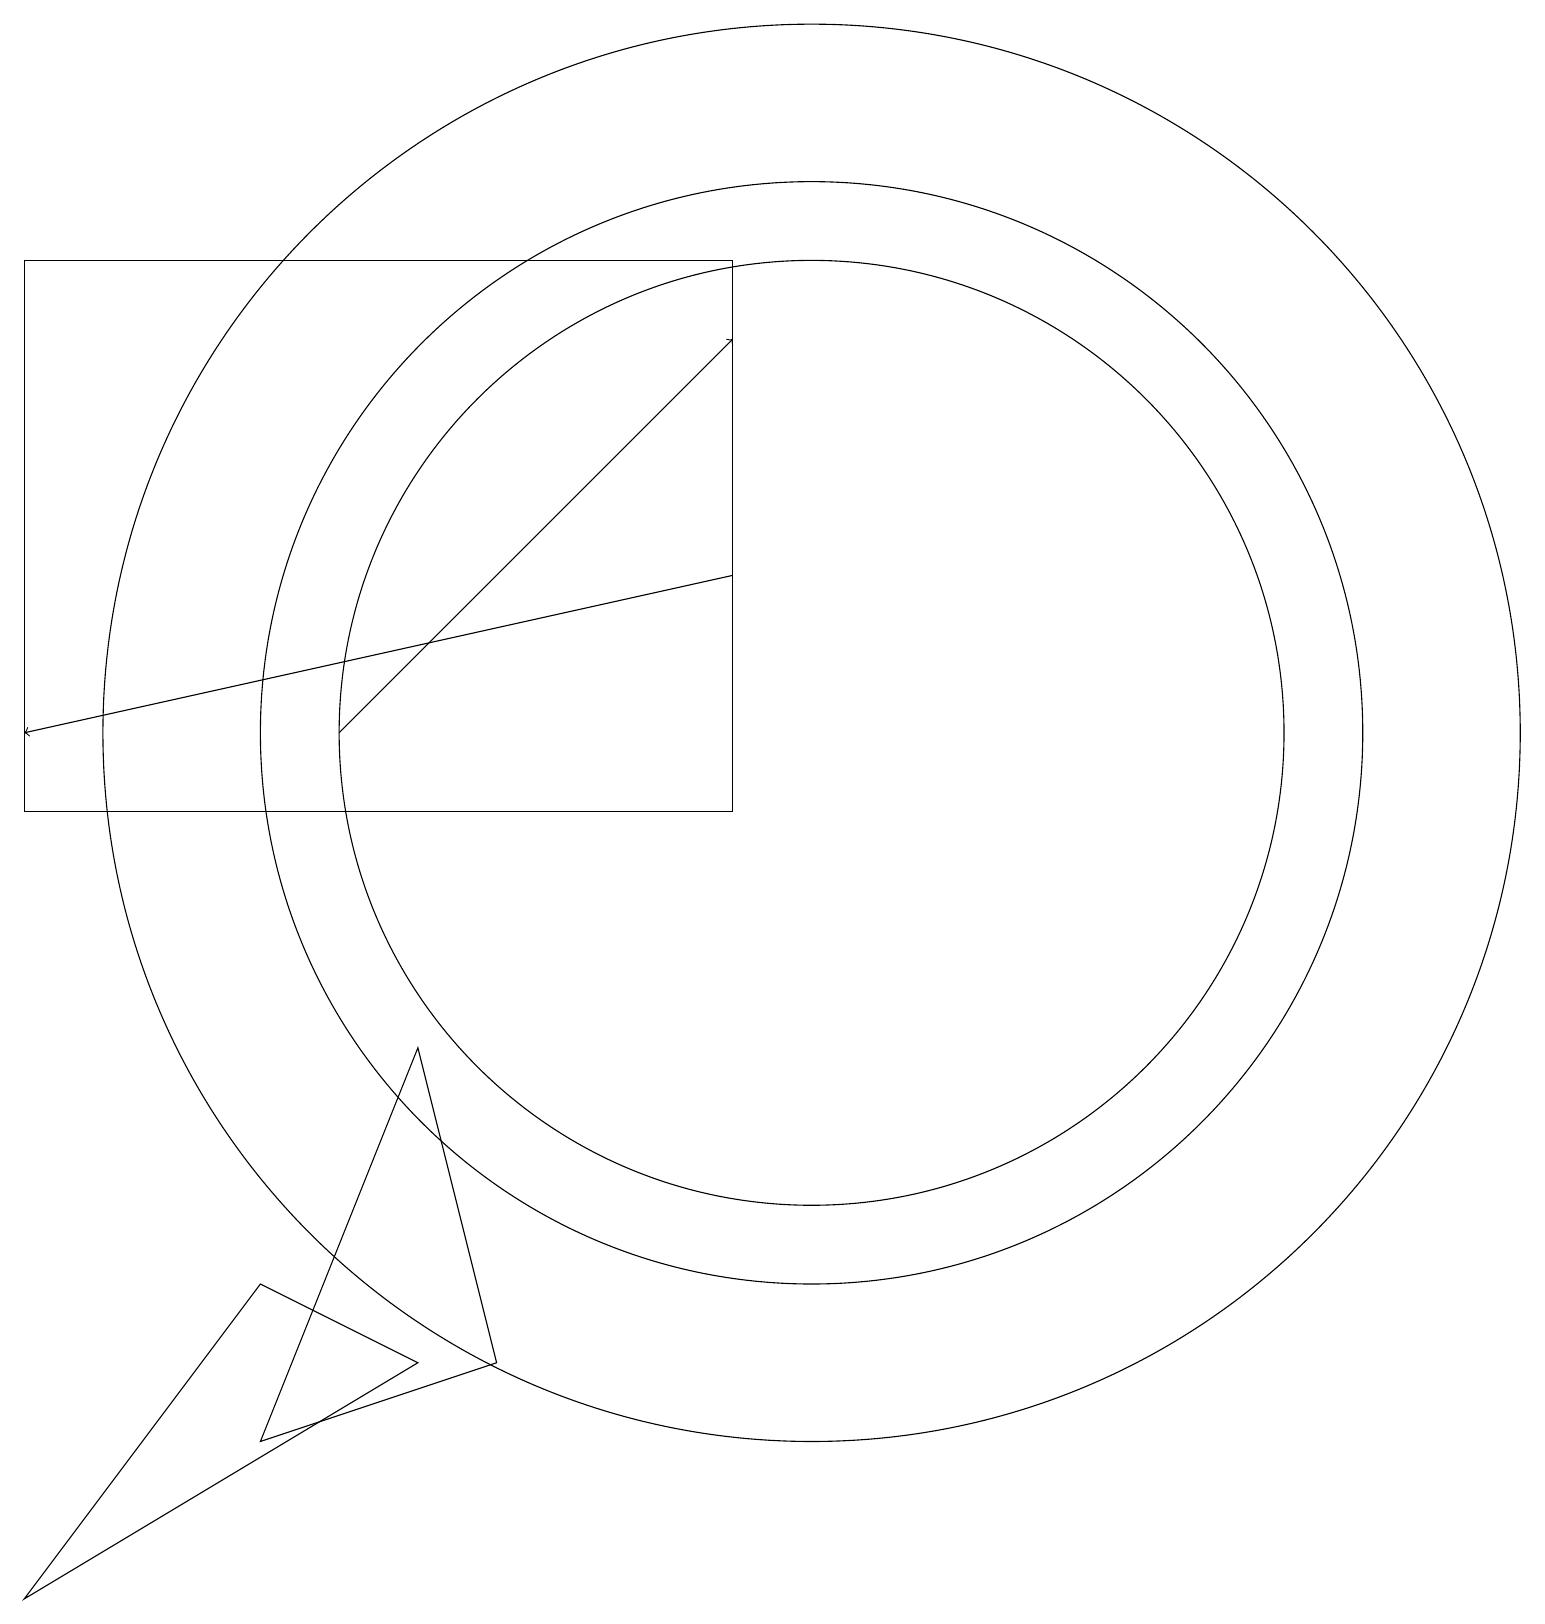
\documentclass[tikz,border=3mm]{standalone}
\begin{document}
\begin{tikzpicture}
\draw (10,11) circle (6);
\draw[->] (9,13) -- (0,11);
\draw (10,11) circle (7);
\draw (0,17) rectangle (9,10);
\draw (3,2) -- (6,3) -- (5,7) -- cycle;
\draw[->] (4,11) -- (9,16);
\draw (10,11) circle (9);
\draw (0,0) -- (3,4) -- (5,3) -- cycle;
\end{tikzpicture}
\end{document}